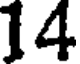
14